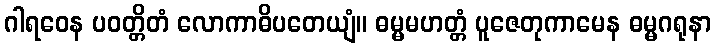
ဂါရဝေန ပဝတ္တိတံ လောကာဓိပတေယျံ။ ဓမ္မမဟတ္တံ ပူဇေတုကာမေန ဓမ္မဂရုနာ